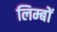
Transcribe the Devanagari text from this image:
लिम्बों